Report on the working of the mental hospitals for Indians in Bihar and Orissa - 1925-1929
Year: 1925
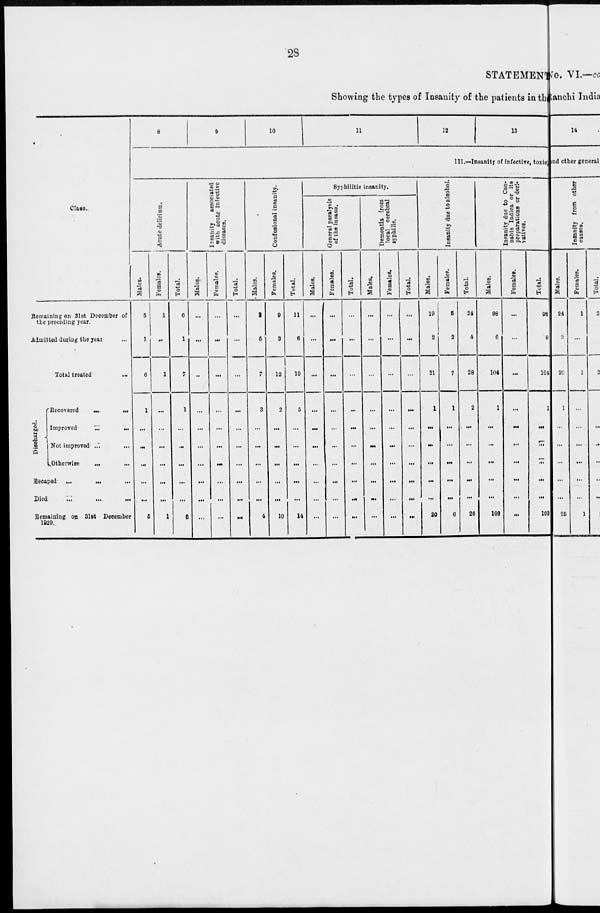
28
STATEMENT
Showing the types of Insanity of the patients in the
Class.
Remaining on 31st December of
the preceding year.
Admitted during the year ...
Total treated ...
Discharged.
Recovered
...
...
Improved
...
...
Not improved
...
...
Otherwise ... ...
Escaped
...
...
...
Died ... ... ...
Remaining on 31st December
1929.
8
9
10
11
12
13
III.—Insanity of infective, toxic
Acute delirium.
Males.
5
1
6
1
...
...
...
...
...
5
Females.
1
...
1
...
...
...
...
...
...
1
Total.
6
1
7
1
...
...
...
...
...
6
Insanity
associated
with acute infective
diseases.
Males.
...
...
...
...
...
...
...
...
...
...
Females.
...
...
...
...
...
...
...
...
...
...
Total.
...
...
...
...
...
...
...
...
...
...
Confusional insanity.
Males.
2
5
7
3
...
...
...
...
...
4
Females.
9
3
12
2
...
...
...
...
...
10
Total.
11
8
19
5
...
...
...
...
...
14
Syphilitic insanity.
General paralysis
of the insane.
Males.
...
...
...
...
...
...
...
...
...
...
Females.
...
...
...
...
...
...
...
...
...
...
Total.
...
...
...
...
...
...
...
...
...
...
Dementia from
local cerebral
syphilis.
Males.
...
...
...
...
...
...
...
...
...
...
Females.
...
...
...
...
...
...
...
...
...
...
Total.
...
...
...
...
...
...
...
...
...
...
Insanity due to alcohol.
Males.
19
2
21
1
...
...
...
...
...
20
Females.
5
2
7
1
...
...
...
...
...
6
Total.
24
4
28
2
...
...
...
...
...
26
Insanity due to Can-
nabis Indica or its
preparations or deri-
vatives.
Males.
98
6
104
1
...
...
...
...
...
103
Females.
...
...
...
...
...
...
...
...
...
...
Total.
98
6
104
1
...
...
...
...
...
103